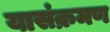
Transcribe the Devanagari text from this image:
यासंक्रमण